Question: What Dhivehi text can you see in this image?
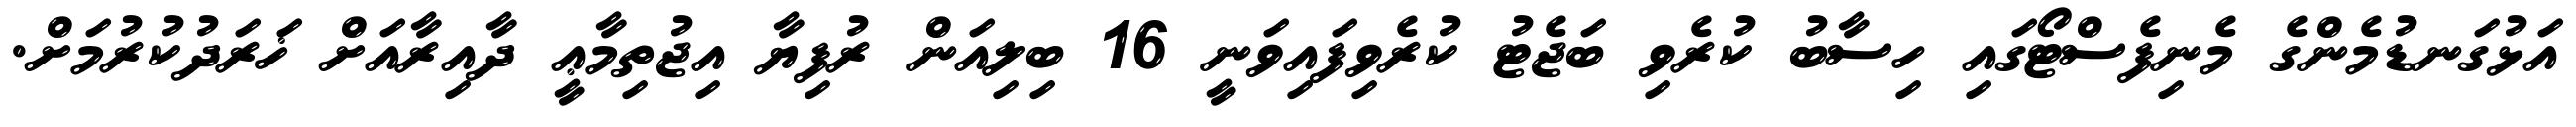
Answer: އަޅުގަނޑުމެންގެ މެނިފެސްޓޯގައި ހިސާބު ކުރެވި ބަޖެޓު ކުރެވިފައިވަނީ 16 ބިލިއަން ރުފިޔާ އިޖުތިމާޢީ ދާއިރާއަށް ޚަރަދުކުރުމަށް.